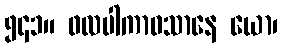
၅၄၁။ ဖလပါကာဝသာနေ ယော၊